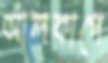
আলকাপে